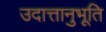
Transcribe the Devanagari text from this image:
उदात्तानुभूति